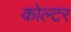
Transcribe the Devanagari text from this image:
कोल्टर